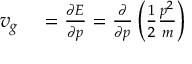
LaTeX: \begin{array} { r l } { v _ { g } } & { { } = { \frac { \partial E } { \partial p } } = { \frac { \partial } { \partial p } } \left( { \frac { 1 } { 2 } } { \frac { p ^ { 2 } } { m } } \right) } \end{array}